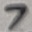
Text: 7